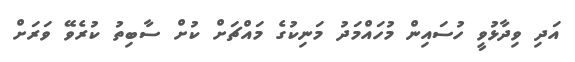
އަދި ވިދާޅުވީ ހުސައިން މުހައްމަދު މަނިކުގެ މައްޗަށް ކުށް ސާބިތު ކުރެވޭ ވަރަށް